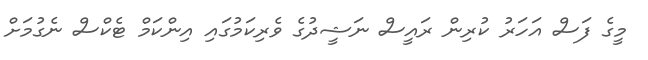
މީގެ ފަސް އަހަރު ކުރިން ރައީސް ނަޝީދުގެ ވެރިކަމުގައި އިންކަމް ޓެކްސް ނެގުމަށް